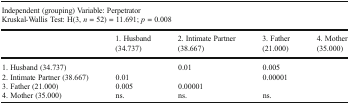
<table><thead><tr><td colspan="5"><b>Independent (grouping) Variable: PerpetratorKruskal-Wallis Test: H(3, <i>n</i> = 52) = 11.691; <i>p</i> = 0.008</b></td></tr><tr><td>[EMPTY_CELL]</td><td><b>1. Husband (34.737)</b></td><td><b>2. Intimate Partner (38.667)</b></td><td><b>3. Father (21.000)</b></td><td><b>4. Mother (35.000)</b></td></tr></thead><tbody><tr><td>1. Husband (34.737)</td><td>[EMPTY_CELL]</td><td>0.01</td><td>0.005</td><td>[EMPTY_CELL]</td></tr><tr><td>2. Intimate Partner (38.667)</td><td>0.01</td><td>[EMPTY_CELL]</td><td>0.00001</td><td>[EMPTY_CELL]</td></tr><tr><td>3. Father (21.000)</td><td>0.005</td><td>0.00001</td><td>[EMPTY_CELL]</td><td>[EMPTY_CELL]</td></tr><tr><td>4. Mother (35.000)</td><td>ns.</td><td>ns.</td><td>ns.</td><td>[EMPTY_CELL]</td></tr></tbody></table>